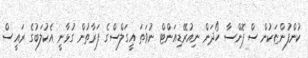
ކުންފުންޏަކުން ސްޕޮންސާ ހޯދަން ނިއުރޭޑިއަންޓް ނުވަތަ އީގަލްސްގެ ފަރާތުން ގުޅާނީ އެކުލަބުގެ ރައީސް